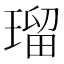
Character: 瑠